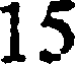
15